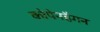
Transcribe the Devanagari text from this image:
कोपेनहैगन